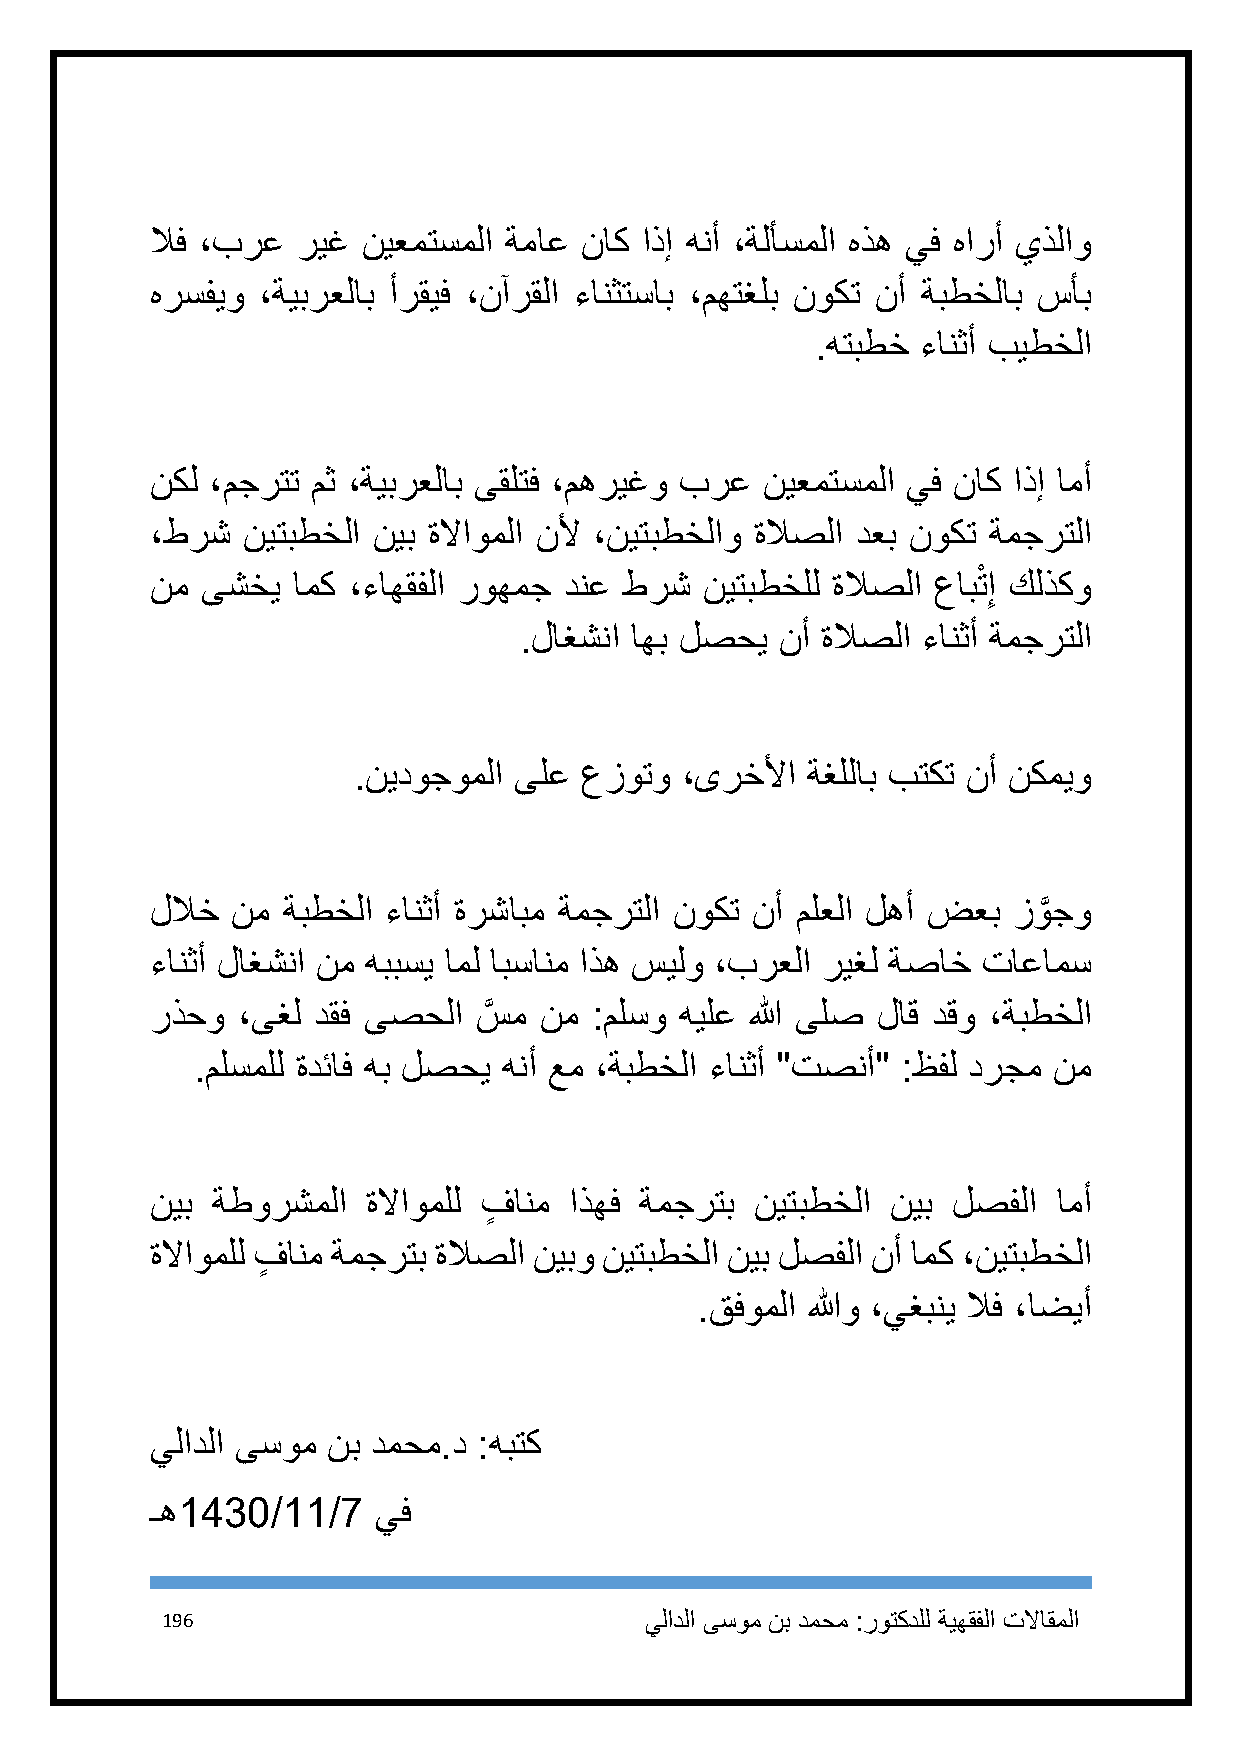
لاف ،برع  ريغ نيعمتسملا ةماع ناك اذإ هنأ ،ةلأسملا هذه يف هارأ يذلاو
 هرسفيو ،ةيبرعلاب أرقيف ،نآرقلا ءانثتساب ،مهتغلب نوكت نأ ةبطخلاب سأب
 .هتبطخ ءانثأ بيطخلا
 نكل ،مجرتت مث ،ةيبرعلاب ىقلتف ،مهريغو برع نيعمتسملا يف ناك اذإ امأ
 ،طرش  نيتبطخلا نيب ةلااوملا نلأ ،نيتبطخلاو ةلاصلا دعب نوكت ةمجرتلا
 نم ىشخي  امك ،ءاهقفلا روهمج دنع طرش  نيتبطخلل ةلاصلا عابْتإ كلذكو
 ِ
 .لاغشنا اهب لصحي  نأ ةلاصلا ءانثأ ةمجرتلا
 .نيدوجوملا ىلع عزوتو  ،ىرخلأا ةغللاب بتكت نأ نكميو
 للاخ نم  ةبطخلا ءانثأ ةرشابم ةمجرتلا نوكت نأ ملعلا لهأ ضعب زوَّ جو
 ءانثأ لاغشنا نم هببسي امل ابسانم اذه سيلو ،برعلا ريغل ةصاخ تاعامس
 رذحو  ،ىغل دقف ىصحلا سَّ م نم :ملسو هيلع الله ىلص لاق دقو ،ةبطخلا
 .ملسملل ةدئاف هب لصحي هنأ عم ،ةبطخلا ءانثأ "تصنأ" :ظفل درجم نم
 نيب ةطورشملا  ةلااوملل فٍ انم اذهف ةمجرتب نيتبطخلا نيب لصفلا امأ
 ةلااوملل فٍ انم ةمجرتب ةلاصلا نيبو نيتبطخلا نيب لصفلا نأ امك ،نيتبطخلا
 .قفوملا اللهو ،يغبني لاف ،اضيأ
 يلادلا ىسوم نب دمحم.د :هبتك
 ـه1981/11/2    يف
 196                             يلادلا ىسوم نب دمحم :روتكدلل ةيهقفلا تلااقملا